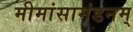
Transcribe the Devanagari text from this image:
मीमांसामंडनम्